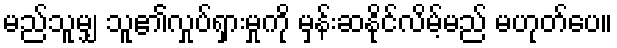
မည်သူမျှ သူ၏လှုပ်ရှားမှုကို မှန်းဆနိုင်လိမ့်မည် မဟုတ်ပေ။